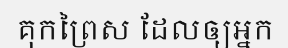
គុកព្រៃស ដែលឲ្យអ្នក